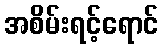
အစိမ်းရင့်ရောင်